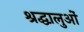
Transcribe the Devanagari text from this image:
श्रद्घालुओं